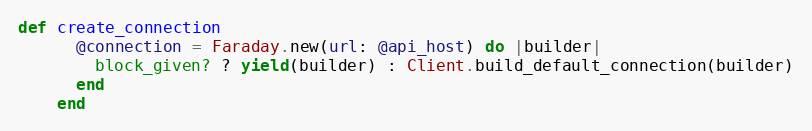
Language: Ruby
def create_connection
      @connection = Faraday.new(url: @api_host) do |builder|
        block_given? ? yield(builder) : Client.build_default_connection(builder)
      end
    end